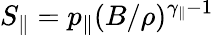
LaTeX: S_{\| }=p_{\| }(B/\rho)^{\gamma_{\| }-1}